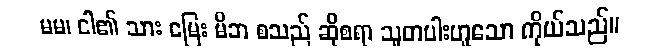
မမ၊ ငါ၏ သား မြေး မိဘ စသည် ဆိုစရာ သူတပါးဟူသော ကိုယ်သည်။